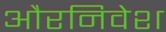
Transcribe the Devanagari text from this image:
औरनिवेश